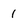
Character: 1